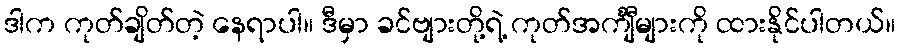
ဒါက ကုတ်ချိတ်တဲ့ နေရာပါ။ ဒီမှာ ခင်ဗျားတို့ရဲ့ ကုတ်အင်္ကျီများကို ထားနိုင်ပါတယ်။